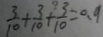
\frac { 3 } { 1 0 } + \frac { 3 } { 1 0 } + \frac { 3 } { 1 0 } = 0 . 9